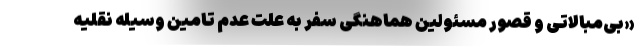
«بی‌مبالاتی و قصور مسئولین هماهنگی سفر به علت عدم تامین وسیله نقلیه